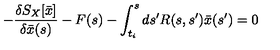
- { \frac { \delta S _ { X } [ \bar { x } ] } { \delta \bar { x } ( s ) } } - F ( s ) - \int _ { t _ { i } } ^ { s } d s ^ { \prime } R ( s , s ^ { \prime } ) \bar { x } ( s ^ { \prime } ) = 0